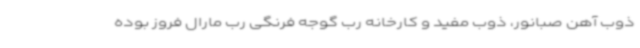
ذوب آهن صبانور، ذوب مفید و کارخانه رب گوجه فرنگی رب مارال فروز بوده